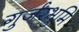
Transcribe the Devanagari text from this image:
गुर्जरभुमि